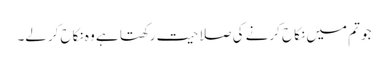
جو تم میں نکاح کرنے کی صلاحیت رکھتا ہے وہ نکاح کرلے۔